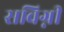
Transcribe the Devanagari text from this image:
सविग्नी